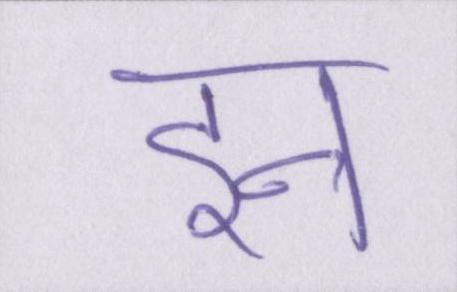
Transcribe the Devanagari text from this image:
इन